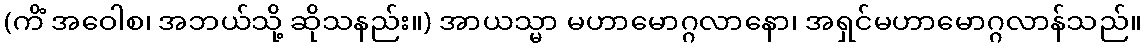
(ကိံ အဝေါစ၊ အဘယ်သို့ ဆိုသနည်း။) အာယသ္မာ မဟာမောဂ္ဂလာနော၊ အရှင်မဟာမောဂ္ဂလာန်သည်။